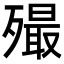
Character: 𣩡